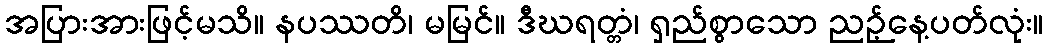
အပြားအားဖြင့်မသိ။ နပဿတိ၊ မမြင်။ ဒီဃရတ္တံ၊ ရှည်စွာသော ညဉ့်နေ့ပတ်လုံး။